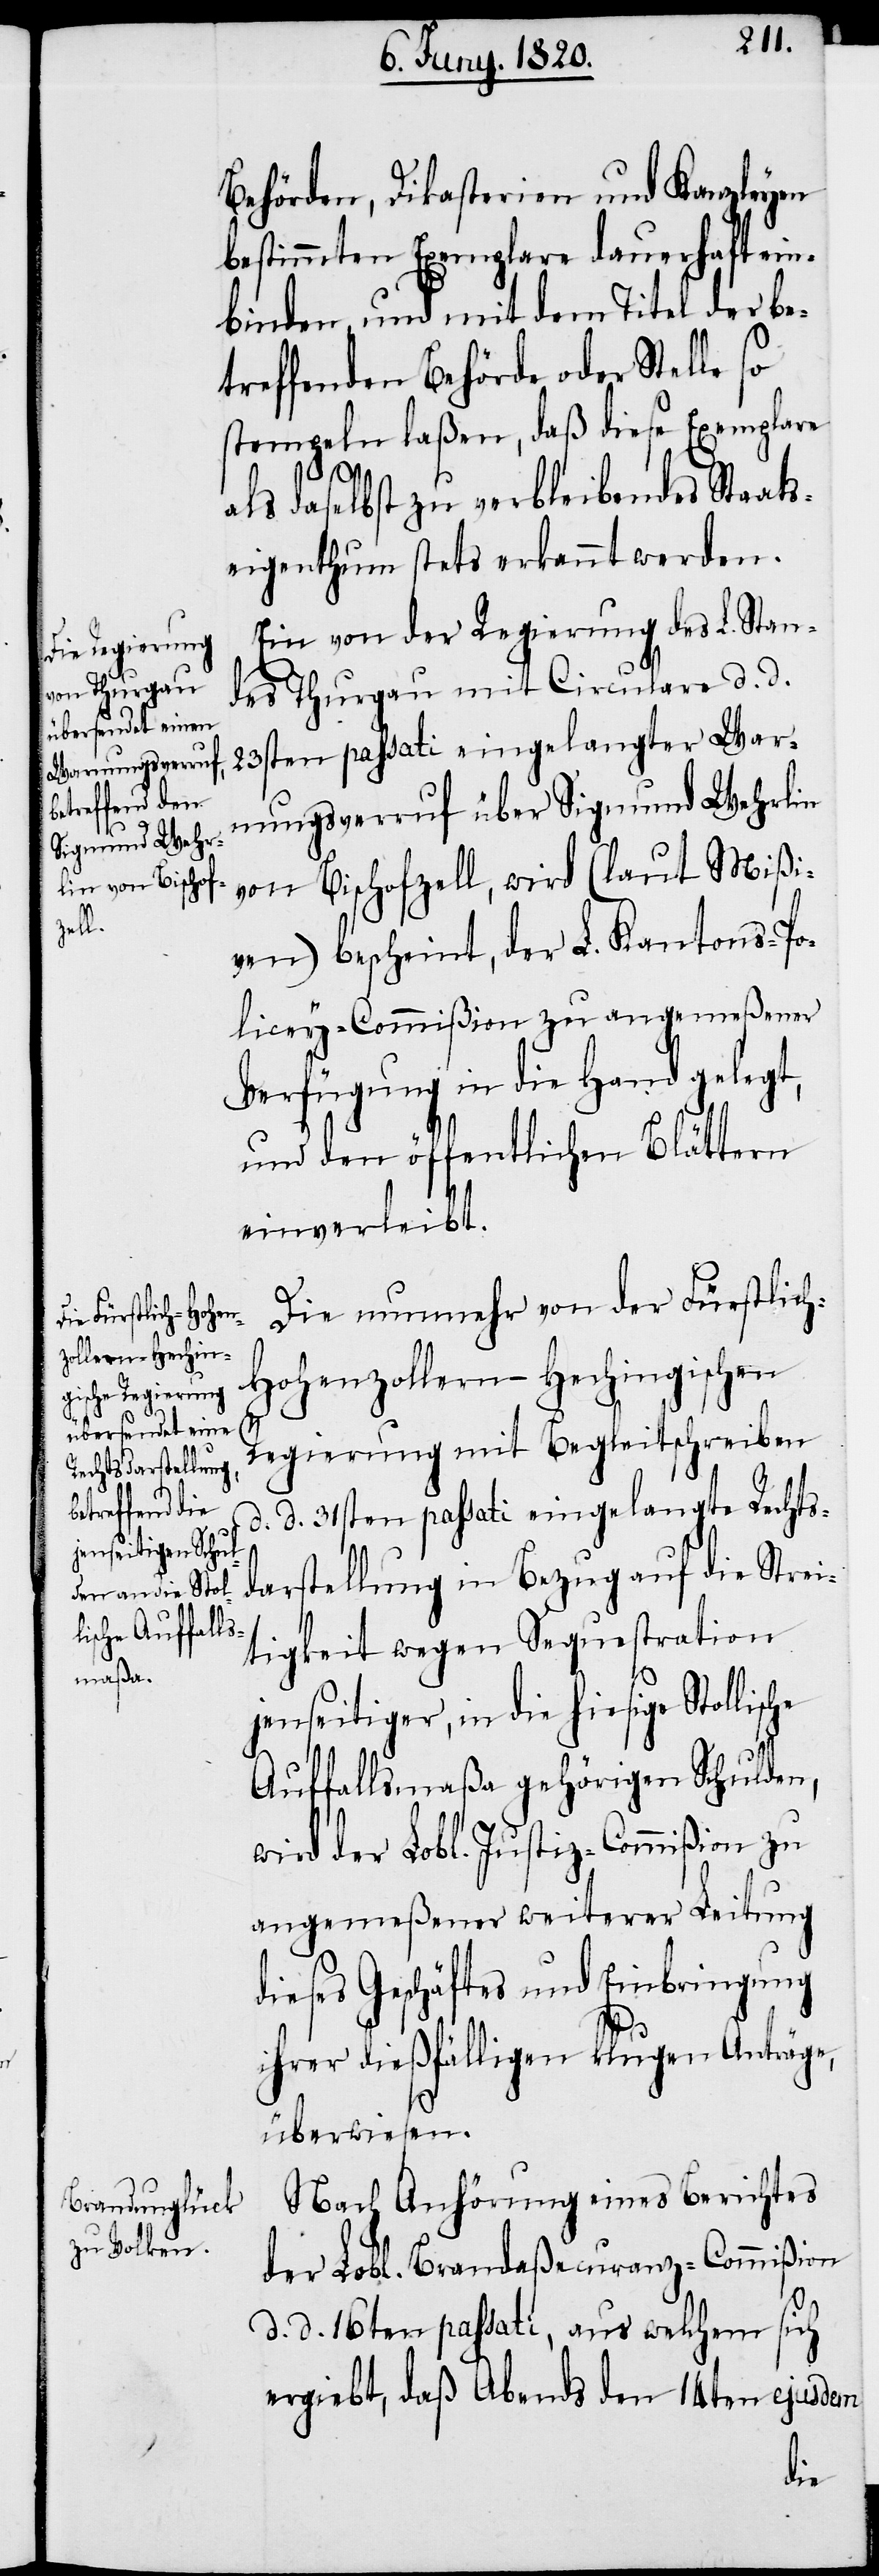
Behörden, Dikasterien und Kanzleyen
bestimmten Exemplare dauerhaft ein¬
binden und mit dem Titel der be¬
treffenden Behörde oder Stelle so
stempeln laßen, daß diese Exemplare
als daselbst zu verbleibendes Staats¬
eigenthum stets erkannt werden.
Ein von der Regierung des L. Stan¬
des Thurgau mit Circulare d. d.
23sten passati eingelangter War¬
nungsverruf über Sigmund Wehrlin
von Bischofzell, wird (laut Mißi¬
ven) bescheint, der L. Kantons-Po¬
licey-Commißion zu angemeßener
Verfügung in die Hand gelegt,
und den öffentlichen Blättern
einverleibt.
Die nunmehr von der Fürstlic¬
h-Hohenzollern-Hechingische
Regierung mit Begleitschreiben
d. d. 31sten passati eingelangte Rechts¬
darstellung in Bezug auf die Strei¬
tigkeit wegen Sequestration
jenseitiger, in die hiesige Stollische
Auffallsmaßa gehörigen Schulden,
wird der Lobl. Justiz-Commißion zu
angemeßener weiterer Leitung
dieses Geschäftes und Einbringung
ihrer dießfälligen klugen Anträge,
überwiesen.
Nach Anhörung eines Berichtes
der Lobl. Brandaßecuranz-Commißion
d. d. 16ten passati, aus welchem sich
ergiebt, daß Abends den 14ten ejusdem